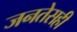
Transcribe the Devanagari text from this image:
जनतेसही